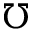
\mho